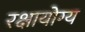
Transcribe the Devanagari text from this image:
रक्षायोग्य